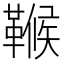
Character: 𩌖